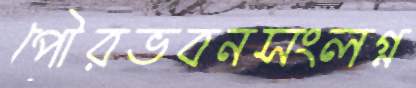
পৌরভবনসংলগ্ন